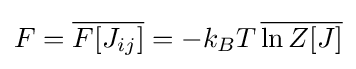
F={\overline {F[J_{ij}]}}=-k_{B}T\,{\overline {\ln Z[J]}}